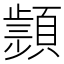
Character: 𩔤